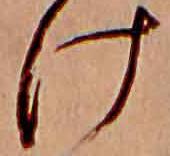
け